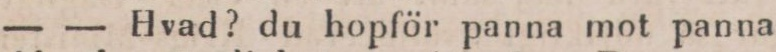
— — Hvad? du hopför panna mot panna